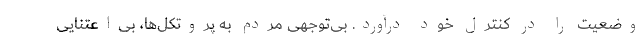
وضعیت را در کنترل خود درآورد. بی‌توجهی مردم به پروتکل‌ها، بی‌اعتنایی